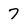
Character: 7